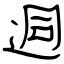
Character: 迵